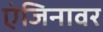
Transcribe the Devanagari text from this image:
एंजिनावर